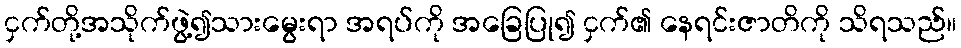
ငှက်တို့အသိုက်ဖွဲ့၍သားမွေးရာ အရပ်ကို အခြေပြု၍ ငှက်၏ နေရင်းဇာတိကို သိရသည်။